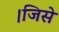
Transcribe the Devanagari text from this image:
।जिसे